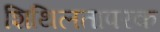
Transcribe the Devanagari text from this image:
शिथिलतापरक